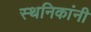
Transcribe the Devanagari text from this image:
स्थनिकांनी